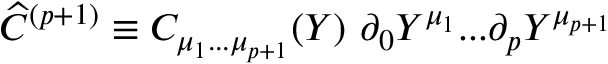
{ \widehat C } ^ { ( p + 1 ) } \equiv C _ { \mu _ { 1 } . . . \mu _ { p + 1 } } ( Y ) \ \partial _ { 0 } Y ^ { \mu _ { 1 } } . . . \partial _ { { p } } Y ^ { \mu _ { p + 1 } }